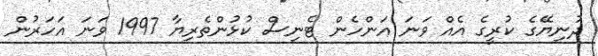
ދުނިޔޭގެ ކުރީގެ އެއް ވަނަ އަންހެން ޓެނިސް ކުޅުންތެރިޔާ 1997 ވަނަ އަހަރުން